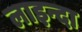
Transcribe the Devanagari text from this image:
लाइन्दा